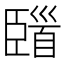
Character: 𩠞